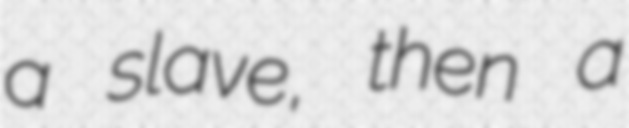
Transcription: a slave, then a